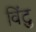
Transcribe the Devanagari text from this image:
विंटु